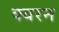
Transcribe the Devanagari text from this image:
क्यरन